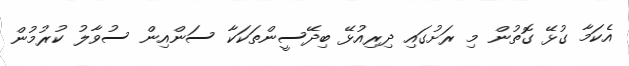
އެކަމާ ގުޅޭ ގޮތުން މި ރަށުގައި ދިރިއުޅޭ ބިދޭސީންތަކަކާ ސަންއިން ސުވާލު ކުރުމުން